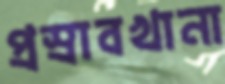
প্রস্রাবখানা